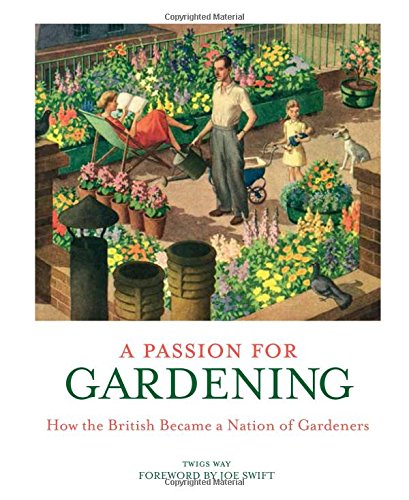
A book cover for A Passion for Gardening: How the British Became a Nation of Gardeners; Twigs Way; Crafts, Hobbies & Home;